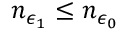
n _ { \epsilon _ { 1 } } \leq n _ { \epsilon _ { 0 } }